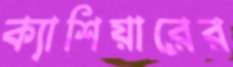
ক্যাশিয়ারের